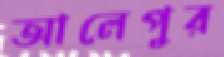
আলেপুর